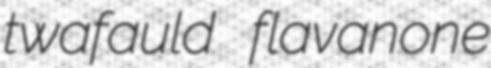
twafauld flavanone